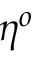
\eta ^ { o }